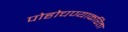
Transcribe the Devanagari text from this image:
पोहोचण्याकरिता